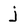
Character: j